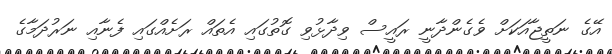
އޭގެ ނަތީޖާއަކަށް ވެގެންދާނީ ރައީސް ވިދާޅުވި ގޮތުގައި އެތައް ރަށެއްގައި ފެނާއި ނަރުދަމާގެ